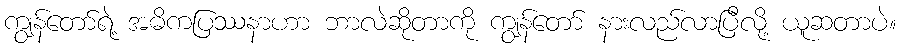
ကျွန်တော်ရဲ့ အဓိကပြဿနာဟာ ဘာလဲဆိုတာကို ကျွန်တော် နားလည်လာပြီလို့ ယူဆတာပဲ။